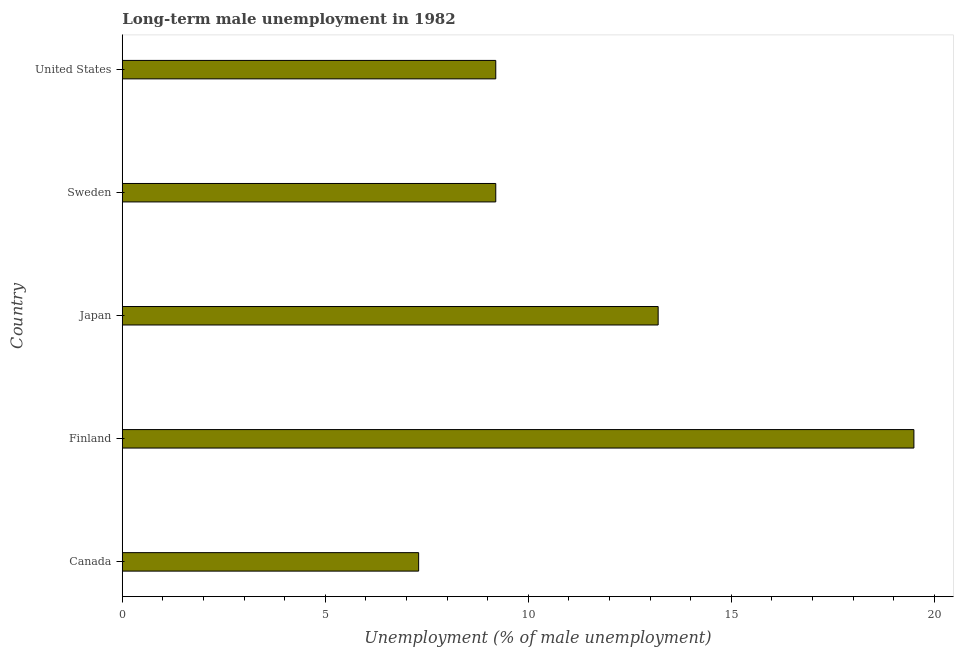
| Country | Long-term unemployment male |
 | --- | --- |
 | Canada | 7.3 |
 | Finland | 19.5 |
 | Japan | 13.2 |
 | Sweden | 9.2 |
 | United States | 9.2 |